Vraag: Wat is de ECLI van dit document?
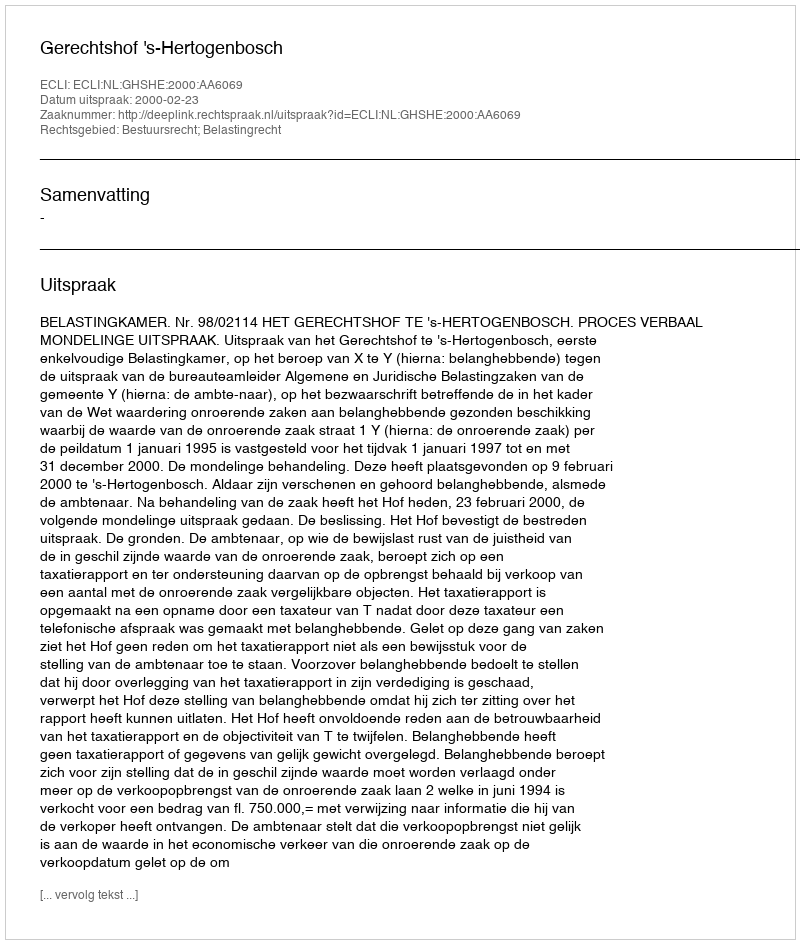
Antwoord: ECLI:NL:GHSHE:2000:AA6069